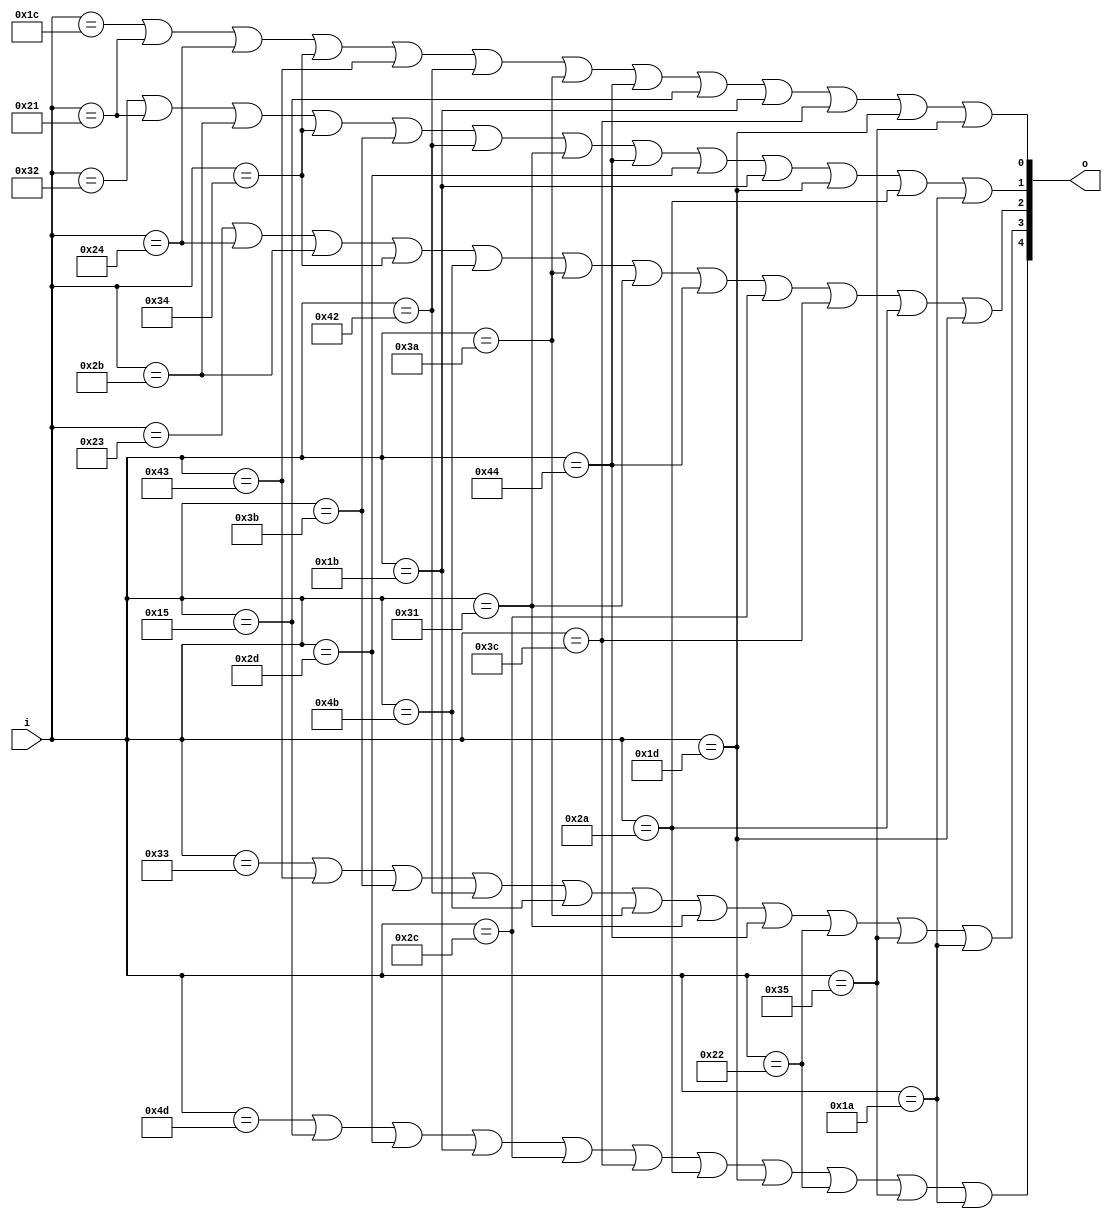
module bin2decimal(i,o);
    input [7:0] i;
    output [4:0] o;

    wire alph [26:1];

    assign alph[1] = i==8'h1c;
    assign alph[2] = i==8'h32;
    assign alph[3] = i==8'h21;
    assign alph[4] = i==8'h23;
    assign alph[5] = i==8'h24;
    assign alph[6] = i==8'h2b;
    assign alph[7] = i==8'h34;
    assign alph[8] = i==8'h33;
    assign alph[9] = i==8'h43;
    assign alph[10] = i==8'h3b;
    assign alph[11] = i==8'h42;
    assign alph[12] = i==8'h4b;
    assign alph[13] = i==8'h3a;
    assign alph[14] = i==8'h31;
    assign alph[15] = i==8'h44;
    assign alph[16] = i==8'h4d;
    assign alph[17] = i==8'h15;
    assign alph[18] = i==8'h2d;
    assign alph[19] = i==8'h1b;
    assign alph[20] = i==8'h2c;
    assign alph[21] = i==8'h3c;
    assign alph[22] = i==8'h2a;
    assign alph[23] = i==8'h1d;
    assign alph[24] = i==8'h22;
    assign alph[25] = i==8'h35;
    assign alph[26] = i==8'h1a;

    assign o[0]=alph[1]|alph[3]|alph[5]|alph[7]|alph[9]|alph[11]|alph[13]|alph[15]|alph[17]|alph[19]|alph[21]|alph[23]|alph[25];
    assign o[1]=alph[2]|alph[3]|alph[6]|alph[7]|alph[10]|alph[11]|alph[14]|alph[15]|alph[18]|alph[19]|alph[23]|alph[22]|alph[26];
    assign o[2]=alph[4]|alph[5]|alph[6]|alph[7]|alph[12]|alph[13]|alph[14]|alph[15]|alph[20]|alph[21]|alph[22]|alph[23];
    assign o[3]=alph[8]|alph[9]|alph[10]|alph[11]|alph[12]|alph[13]|alph[14]|alph[15]|alph[24]|alph[25]|alph[26];
    assign o[4]=alph[16]|alph[17]|alph[18]|alph[19]|alph[20]|alph[21]|alph[22]|alph[23]|alph[24]|alph[25]|alph[26];


endmodule